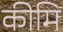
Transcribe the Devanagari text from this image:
कीमि